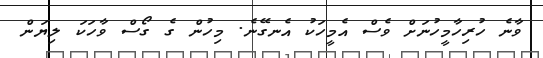
ވާނެ ހުރިހާމީހުނަށް ވެސް އެމީހަކު އެނގޭނެ. މިހުން ގެ ގޯސް ވާހަކަ ލިޔަން